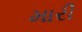
મારી